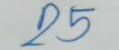
25